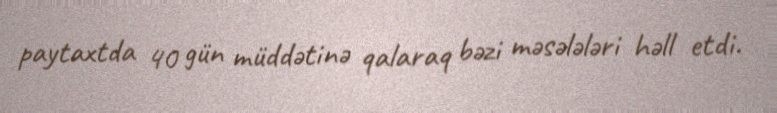
paytaxtda 40 gün müddətinə qalaraq bəzi məsələləri həll etdi.